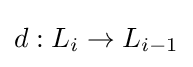
d:L_{i}\to L_{i-1}